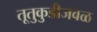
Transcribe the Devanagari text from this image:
तूतुकुडीजवळ